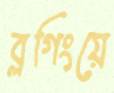
ব্লগিংয়ে